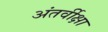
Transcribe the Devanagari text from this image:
अंतर्वीक्षा